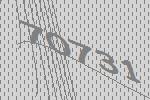
70731